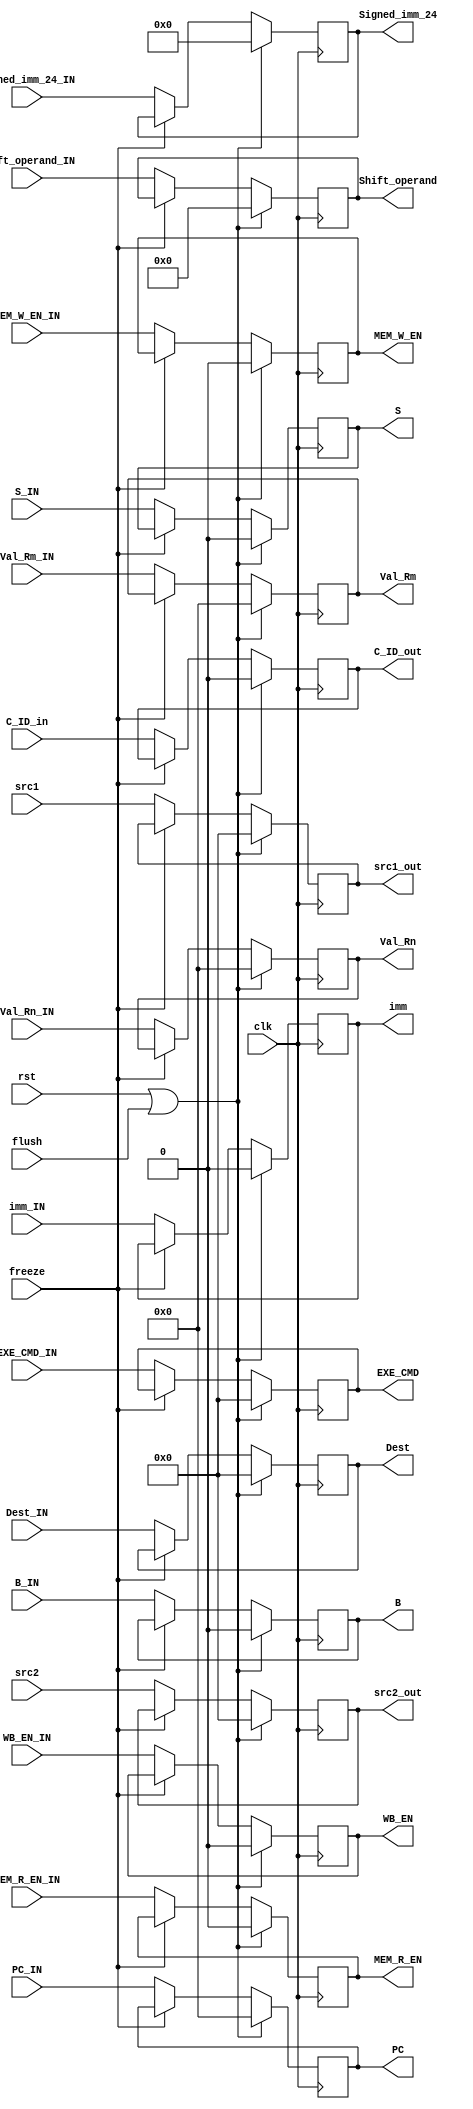
module ID_STAGE_REG(
    input clk, rst, flush, freeze,
    input WB_EN_IN, MEM_R_EN_IN, MEM_W_EN_IN,B_IN,S_IN,
    input [31:0] PC_IN,
    input [3:0] EXE_CMD_IN,
    input [31:0] Val_Rn_IN, Val_Rm_IN,
    input imm_IN,
    input [11:0] Shift_operand_IN,
    input [23:0] Signed_imm_24_IN,
    input [3:0] Dest_IN,
    input C_ID_in,
    input [3:0] src1, src2,

    output reg WB_EN, MEM_R_EN, MEM_W_EN,B,S,
    output reg [31:0] PC,
    output reg [3:0] EXE_CMD,
    output reg [31:0] Val_Rn, Val_Rm,
    output reg imm,
    output reg [11:0] Shift_operand,
    output reg [23:0] Signed_imm_24,
    output reg [3:0] Dest,
    output reg C_ID_out,
    output reg [3:0] src1_out, src2_out
  );

    always@(posedge clk)begin
        if(rst || flush)begin
            WB_EN <= 0;
            MEM_R_EN <= 0;
            MEM_W_EN <= 0;
            B <= 0;
            S <= 0;
            PC <= 32'd0;
            EXE_CMD <= 4'd0;
            Val_Rn <= 32'd0;
            Val_Rm <= 32'd0;
            imm <= 0;
            Shift_operand <= 12'd0;
            Signed_imm_24 <= 24'd0;
            Dest <= 4'd0;
            C_ID_out <= 1'b0;
            src1_out <= 4'd0;
            src2_out <= 4'd0;
        end

        else if (~freeze) begin
            WB_EN <= WB_EN_IN;
            MEM_R_EN <= MEM_R_EN_IN;
            MEM_W_EN <= MEM_W_EN_IN;
            B <= B_IN;
            S <= S_IN;
            PC <= PC_IN;
            EXE_CMD <= EXE_CMD_IN;
            Val_Rn <= Val_Rn_IN;
            Val_Rm <= Val_Rm_IN;
            imm <= imm_IN;
            Shift_operand <= Shift_operand_IN;
            Signed_imm_24 <= Signed_imm_24_IN;
            Dest <= Dest_IN;
            C_ID_out <= C_ID_in;
            src1_out <= src1;
            src2_out <= src2;
        end


    end

endmodule